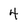
Character: 4